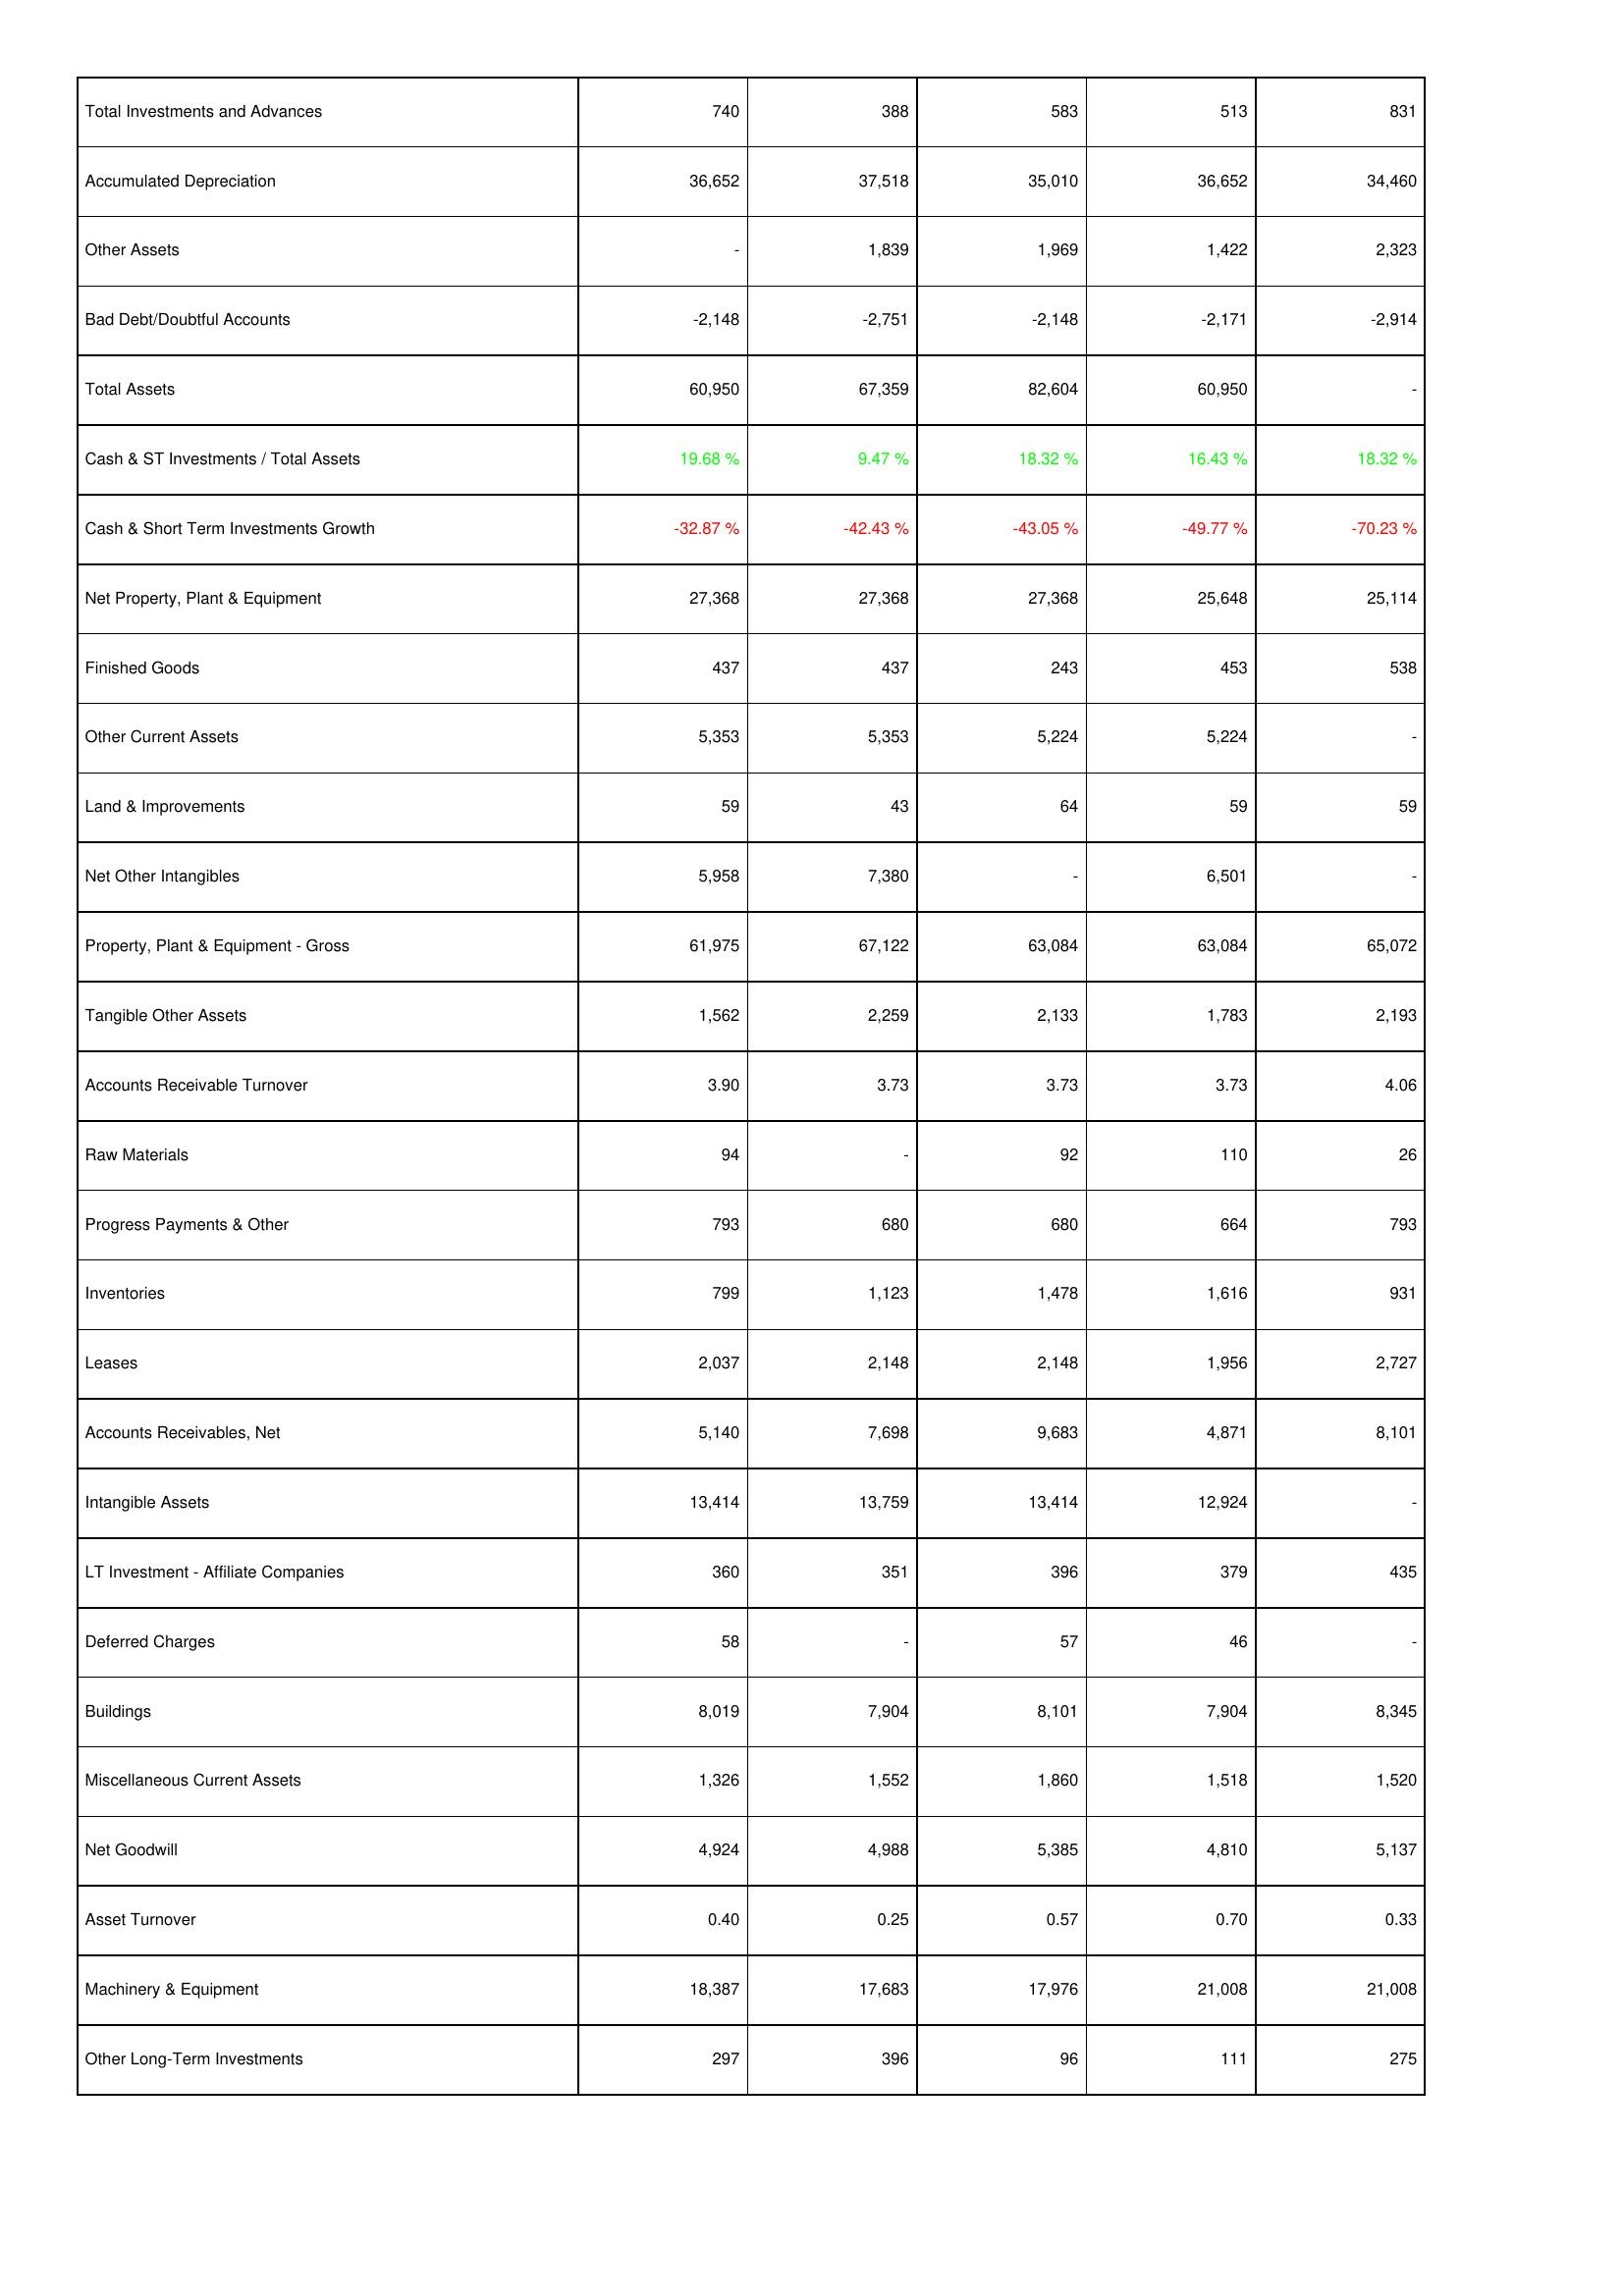
2020: Assets: Total Investments and Advances: 740
Accumulated Depreciation: 36,652
Other Assets: -
Bad Debt/Doubtful Accounts: -2,148
Total Assets: 60,950
Cash & ST Investments / Total Assets: 19.68 %
Cash & Short Term Investments Growth: -32.87 %
Net Property, Plant & Equipment: 27,368
Finished Goods: 437
Other Current Assets: 5,353
Land & Improvements: 59
Net Other Intangibles: 5,958
Property, Plant & Equipment - Gross: 61,975
Tangible Other Assets: 1,562
Accounts Receivable Turnover: 3.90
Raw Materials: 94
Progress Payments & Other: 793
Inventories: 799
Leases: 2,037
Accounts Receivables, Net: 5,140
Intangible Assets: 13,414
LT Investment - Affiliate Companies: 360
Deferred Charges: 58
Buildings: 8,019
Miscellaneous Current Assets: 1,326
Net Goodwill: 4,924
Asset Turnover: 0.40
Machinery & Equipment: 18,387
Other Long-Term Investments: 297
2021: Assets: Total Investments and Advances: 388
Accumulated Depreciation: 37,518
Other Assets: 1,839
Bad Debt/Doubtful Accounts: -2,751
Total Assets: 67,359
Cash & ST Investments / Total Assets: 9.47 %
Cash & Short Term Investments Growth: -42.43 %
Net Property, Plant & Equipment: 27,368
Finished Goods: 437
Other Current Assets: 5,353
Land & Improvements: 43
Net Other Intangibles: 7,380
Property, Plant & Equipment - Gross: 67,122
Tangible Other Assets: 2,259
Accounts Receivable Turnover: 3.73
Raw Materials: -
Progress Payments & Other: 680
Inventories: 1,123
Leases: 2,148
Accounts Receivables, Net: 7,698
Intangible Assets: 13,759
LT Investment - Affiliate Companies: 351
Deferred Charges: -
Buildings: 7,904
Miscellaneous Current Assets: 1,552
Net Goodwill: 4,988
Asset Turnover: 0.25
Machinery & Equipment: 17,683
Other Long-Term Investments: 396
2022: Assets: Total Investments and Advances: 583
Accumulated Depreciation: 35,010
Other Assets: 1,969
Bad Debt/Doubtful Accounts: -2,148
Total Assets: 82,604
Cash & ST Investments / Total Assets: 18.32 %
Cash & Short Term Investments Growth: -43.05 %
Net Property, Plant & Equipment: 27,368
Finished Goods: 243
Other Current Assets: 5,224
Land & Improvements: 64
Net Other Intangibles: -
Property, Plant & Equipment - Gross: 63,084
Tangible Other Assets: 2,133
Accounts Receivable Turnover: 3.73
Raw Materials: 92
Progress Payments & Other: 680
Inventories: 1,478
Leases: 2,148
Accounts Receivables, Net: 9,683
Intangible Assets: 13,414
LT Investment - Affiliate Companies: 396
Deferred Charges: 57
Buildings: 8,101
Miscellaneous Current Assets: 1,860
Net Goodwill: 5,385
Asset Turnover: 0.57
Machinery & Equipment: 17,976
Other Long-Term Investments: 96
2023: Assets: Total Investments and Advances: 513
Accumulated Depreciation: 36,652
Other Assets: 1,422
Bad Debt/Doubtful Accounts: -2,171
Total Assets: 60,950
Cash & ST Investments / Total Assets: 16.43 %
Cash & Short Term Investments Growth: -49.77 %
Net Property, Plant & Equipment: 25,648
Finished Goods: 453
Other Current Assets: 5,224
Land & Improvements: 59
Net Other Intangibles: 6,501
Property, Plant & Equipment - Gross: 63,084
Tangible Other Assets: 1,783
Accounts Receivable Turnover: 3.73
Raw Materials: 110
Progress Payments & Other: 664
Inventories: 1,616
Leases: 1,956
Accounts Receivables, Net: 4,871
Intangible Assets: 12,924
LT Investment - Affiliate Companies: 379
Deferred Charges: 46
Buildings: 7,904
Miscellaneous Current Assets: 1,518
Net Goodwill: 4,810
Asset Turnover: 0.70
Machinery & Equipment: 21,008
Other Long-Term Investments: 111
2024: Assets: Total Investments and Advances: 831
Accumulated Depreciation: 34,460
Other Assets: 2,323
Bad Debt/Doubtful Accounts: -2,914
Total Assets: -
Cash & ST Investments / Total Assets: 18.32 %
Cash & Short Term Investments Growth: -70.23 %
Net Property, Plant & Equipment: 25,114
Finished Goods: 538
Other Current Assets: -
Land & Improvements: 59
Net Other Intangibles: -
Property, Plant & Equipment - Gross: 65,072
Tangible Other Assets: 2,193
Accounts Receivable Turnover: 4.06
Raw Materials: 26
Progress Payments & Other: 793
Inventories: 931
Leases: 2,727
Accounts Receivables, Net: 8,101
Intangible Assets: -
LT Investment - Affiliate Companies: 435
Deferred Charges: -
Buildings: 8,345
Miscellaneous Current Assets: 1,520
Net Goodwill: 5,137
Asset Turnover: 0.33
Machinery & Equipment: 21,008
Other Long-Term Investments: 275